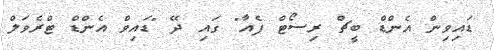
ޑައިވިން އެންޑް ބީޗް ރިސޯޓް ފެއާ" ގައި ދޭ "ޑައިވް އެންޑް ޓްރެވަލް